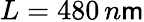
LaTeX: L=480\, n\mathsf{m}